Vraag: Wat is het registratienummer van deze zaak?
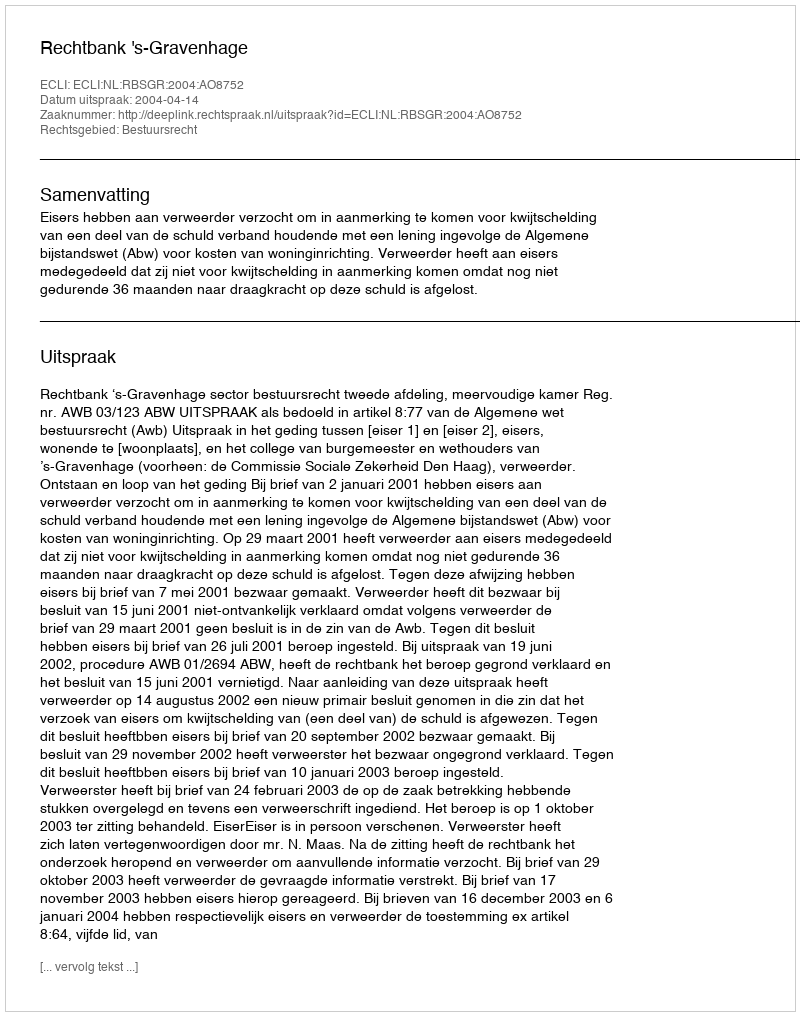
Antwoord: http://deeplink.rechtspraak.nl/uitspraak?id=ECLI:NL:RBSGR:2004:AO8752